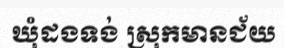
ឃុំដងទង់ ស្រុកមានជ័យ